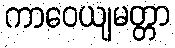
ကာဝေယျမတ္တာ